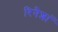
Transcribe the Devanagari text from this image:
रिनैशां